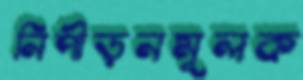
নিপীড়নমূলক